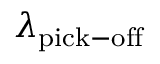
\lambda _ { \mathrm { p i c k - o f f } }